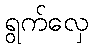
ရွက်လှေ